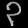
Digit: ၃